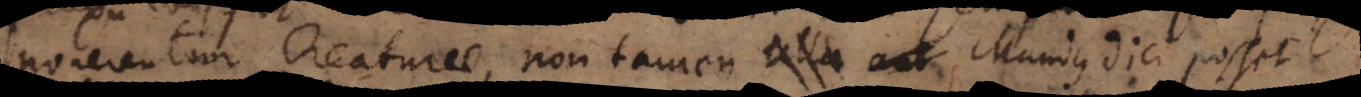
ponerentur Creaturae, non tamen ulla aet Mundus dici posset